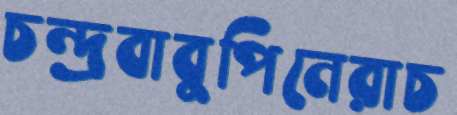
চন্দ্রবাবুপিনেরাচ